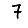
Digit: 7